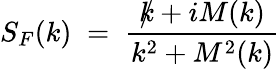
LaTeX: S_{F}(k)\; =\; \frac{\rlap{/}{k}+iM(k)}{k^{2}+M^{2}(k)}